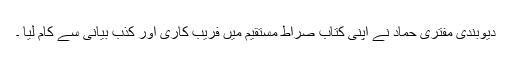
دیوبندی مفتری حماد نے اپنی کتاب صراط مستقیم میں فریب کاری اور کذب بیانی سے کام لیا ۔